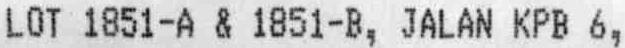
LOT 1851-A & 1851-B, JALAN KPB 6,